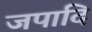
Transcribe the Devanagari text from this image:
जपादि